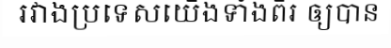
រវាងប្រទេសយើងទាំងពីរ ឲ្យបាន